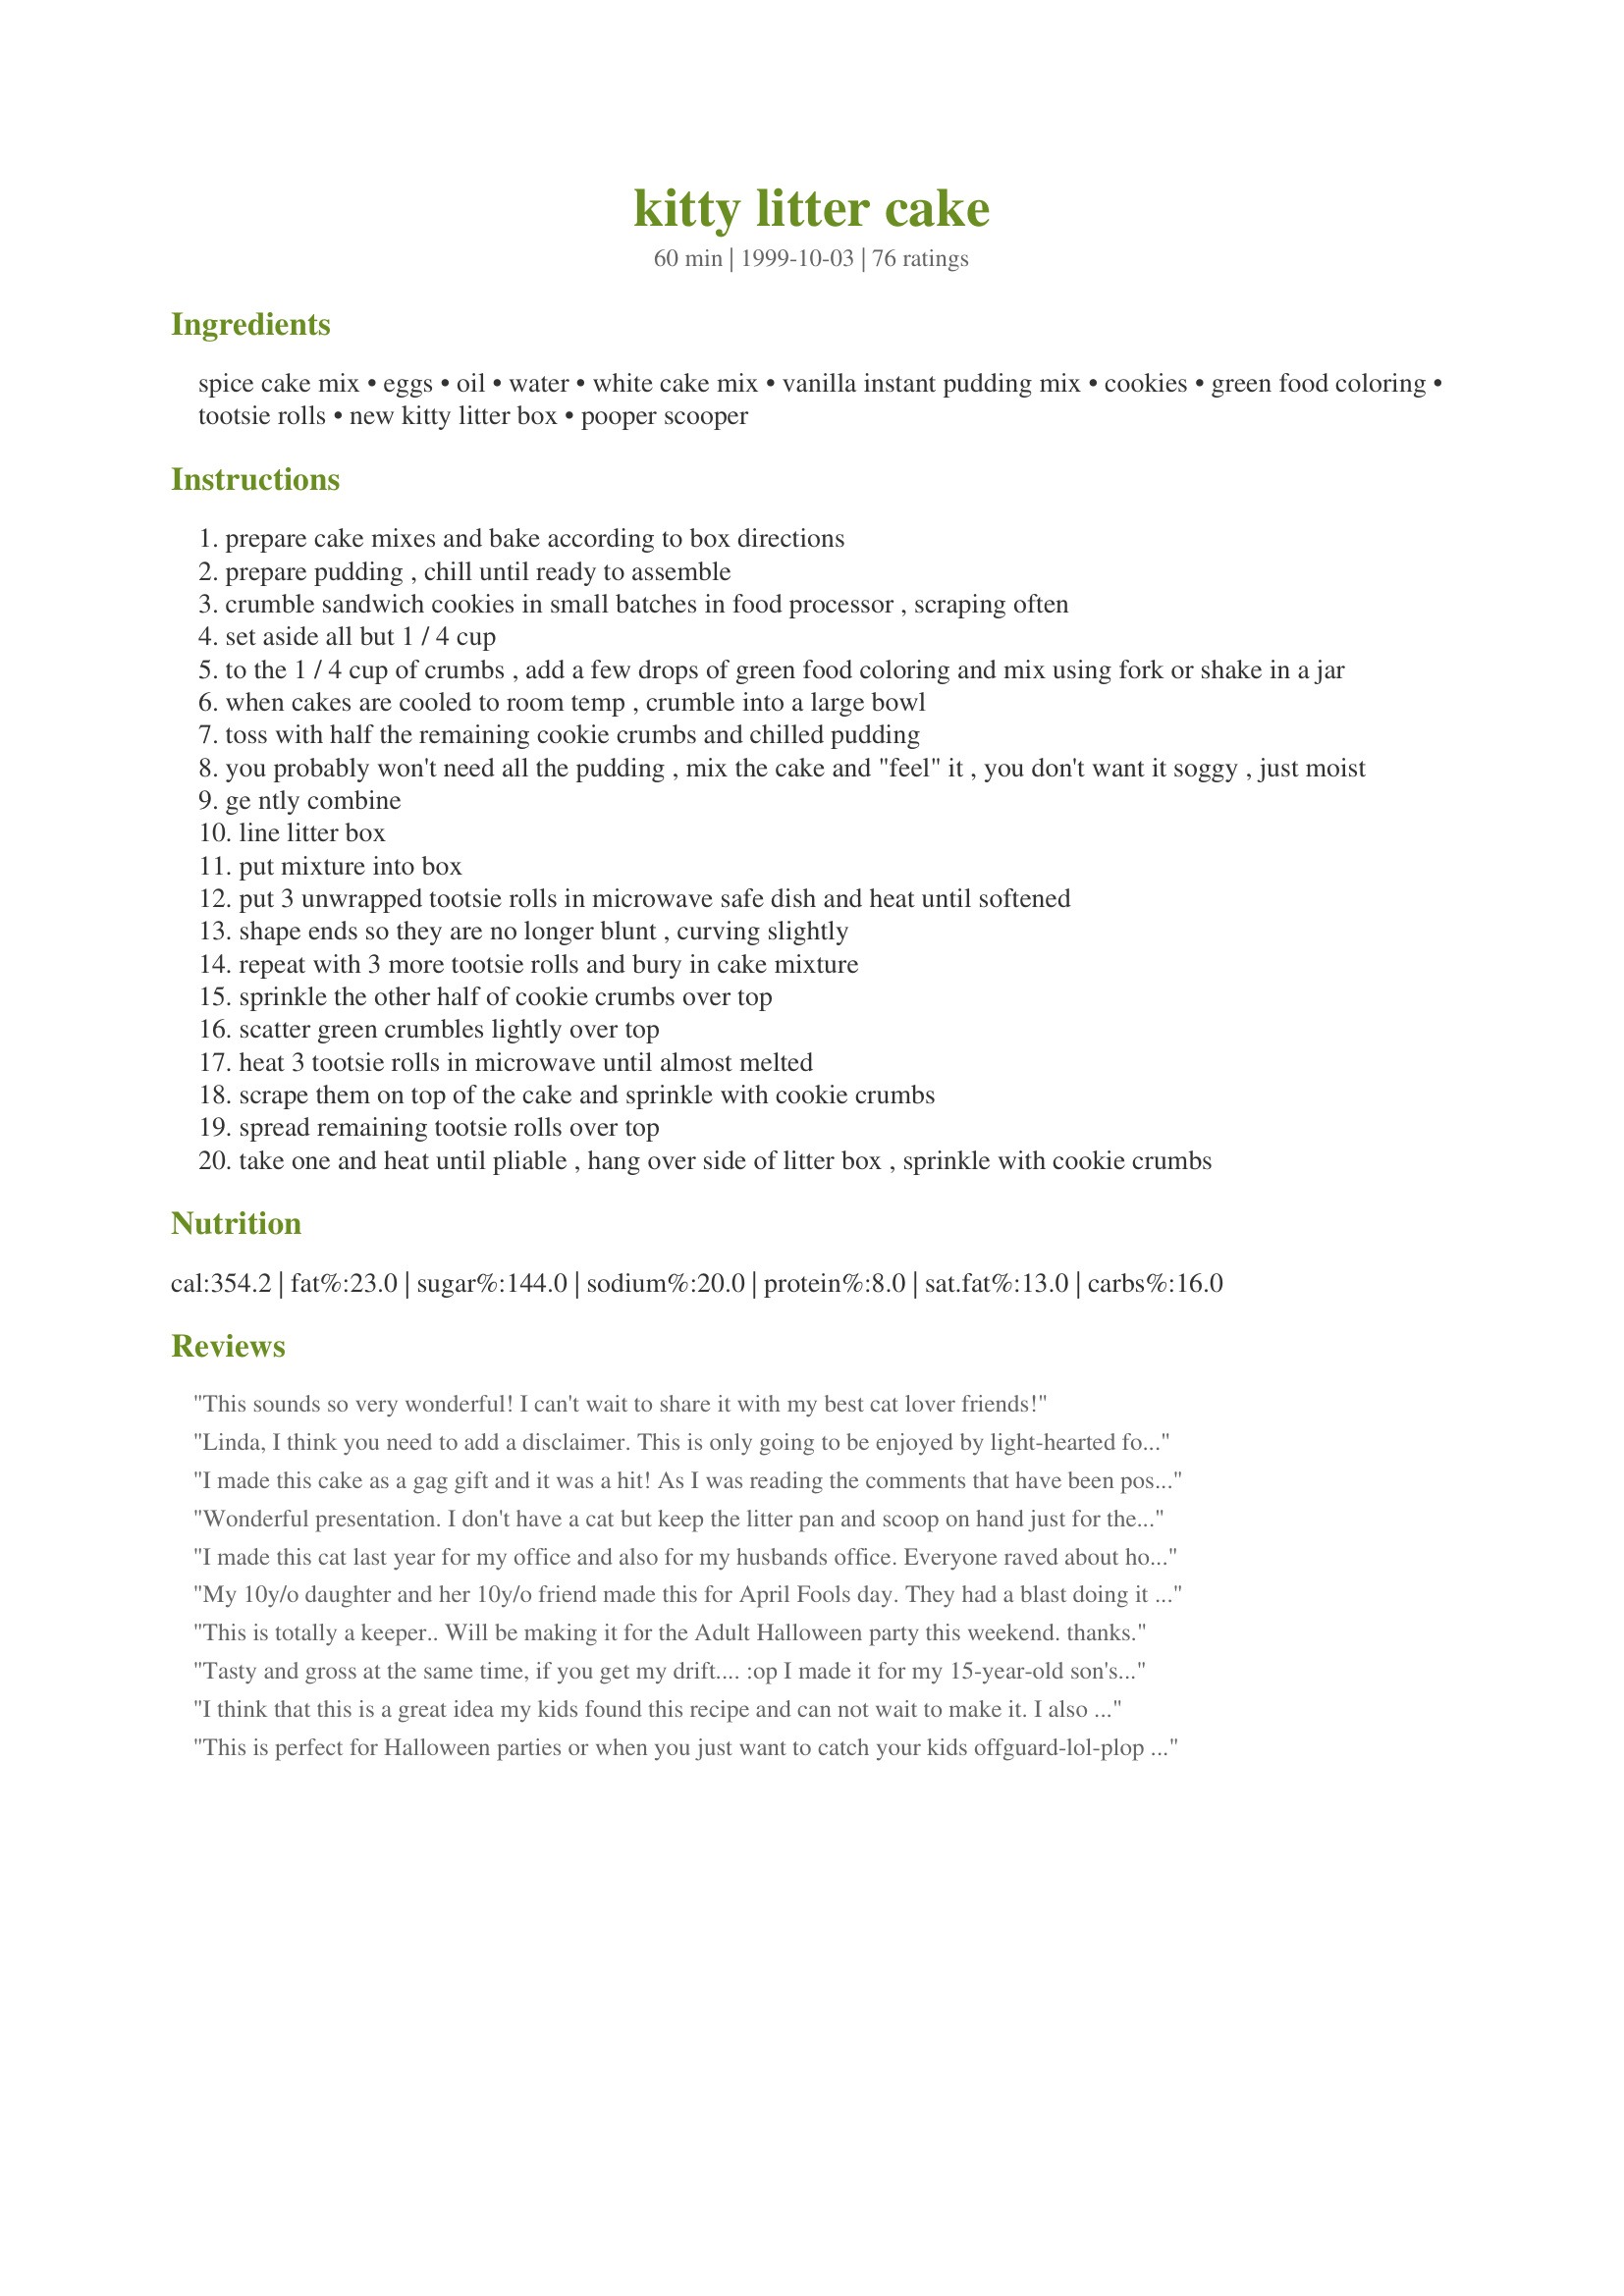
kitty litter cake
Preparation time: 60 minutes

Ingredients:
spice cake mix, eggs, oil, water, white cake mix, vanilla instant pudding mix, cookies, green food coloring, tootsie rolls, new kitty litter box, pooper scooper

Steps:
prepare cake mixes and bake according to box directions
prepare pudding , chill until ready to assemble
crumble sandwich cookies in small batches in food processor , scraping often
set aside all but 1 / 4 cup
to the 1 / 4 cup of crumbs , add a few drops of green food coloring and mix using fork or shake in a jar
when cakes are cooled to room temp , crumble into a large bowl
toss with half the remaining cookie crumbs and chilled pudding
you probably won't need all the pudding , mix the cake and "feel" it , you don't want it soggy , just moist
ge ntly combine
line litter box
put mixture into box
put 3 unwrapped tootsie rolls in microwave safe dish and heat until softened
shape ends so they are no longer blunt , curving slightly
repeat with 3 more tootsie rolls and bury in cake mixture
sprinkle the other half of cookie crumbs over top
scatter green crumbles lightly over top
heat 3 tootsie rolls in microwave until almost melted
scrape them on top of the cake and sprinkle with cookie crumbs
spread remaining tootsie rolls over top
take one and heat until pliable , hang over side of litter box , sprinkle with cookie crumbs

Reviews:
This sounds so very wonderful! I can't wait to share it with my best cat lover friends!
Linda, I think you need to add a disclaimer. This is only going to be enjoyed by light-hearted folks with a sense of humor.
I made this cake as a gag gift and it was a hit!
As I was reading the comments that have been posted no one said if it tasted good or not. It may make you a little squimish, but it tasted great....
Wonderful presentation. I don't have a cat but keep the litter pan and scoop on hand just for the "gross" factor. Tastes good too!
I made this cat last year for my office and also for my husbands office. Everyone raved about how tasty and also how humorous it was. Its very easy to make and fun to shape and place the doodies! I heartly recommend it for your Halloween parties!
My 10y/o daughter and her 10y/o friend made this for April Fools day. They had a blast doing it and the instructions were so simple even they could do it all by them selves! They made it exactly as the recipe called for, we loved it! The laughter, joy and tricking dad was worth a million! We used regualr chocolate cake and it was dark but wonderful taste.
The girls renamed it to Pooper Scooper Delight. Our 14y/o son who has autism was struggling with it at first but when he saw the girls and daddy eat it well then he got the joke! We laughed and laughed. Thanks for all the fun and delisious recipe!
This is totally a keeper.. Will be making it for the Adult Halloween party this weekend. thanks.
Tasty and gross at the same time, if you get my drift.... :op

I made it for my 15-year-old son's birthday party and he and his friends loved it! I sent a picture to my friends (the same one I posted here) and got several requests for the recipe! A funny and surprisingly yummy cake.
I think that this is a great idea my kids found this recipe and can not wait to make it. I also DO NOT
think that it is a waste of time or money to make something that makes people laugh. Now posting negative comments to a recipe that you have no desire to make that seems like a waste of time.
This is perfect for Halloween parties or when you just want to catch your kids offguard-lol-plop down the litterbox on the table and watch the youngins freak out (lol)
It probably tastes really good, but what a STRANGE recipe!! LOL!!
I made this cake years ago when I was a volunter for our local animal shelter. We had a feline spay/neuter day where we "fixed" 100 cats at a reduced charge. All of the volunters brought in food for the day long event. I brought this cake and people were very reluctant to try it because it looked like the real deal. I guess the sight of the cake along with the smells created by 100 cats awaiting for their surgery was too realistic. Some people tried it (includin myself) and it was tasty. I took the leftiovers to the nieghbor kids who gobbled it down all the while saying "this is so gross!"
Another time, I took it to a class full of 2nd graders and told them that my cats made something extra special just for them. I showed them the cake and the loved it and were grossed out all at the same time! LOL! They said it tasted good too.
This cake is great! Not only is it fun to make and great tasting, but it's a total suprise to everyone and a great conversation starter. Everyone must try this.
Awesome cake! Made this for a family Halloween party, and everyone loved it! It looked so, so gross, but it was definitely a hit. I couldn't find Tootsie Rolls at the store (I was behind the curve this year in getting Halloween candy...). So, I used the Chocolate Melts that I use to coat pretzels, etc. and melted them in an icing bag. Then I piped them onto the cake in "poop" patterns (ewww) and it looked GREAT! Thanks for a keeper!
I made this for our office of approximately 32 people and by lunch it was well over half gone! Got rave reviews from ok what's "really" in this?, to if that a new litter box? Everyone loved it and talked about it all day! Definately brought some fun to the workplace! I added a pic of my cat that had a caption: Enjoy my presents ~ I made them especially for you! This was very very easy to make, but I did leave off spreading the melted tootie roll on top...looked much more realistic.
i made this tonight to bring to work for our catered halloween party tomorrow, we were asked to bring a dessert. knowing how many cat people work with me i know this will get a good laugh-my girls were all lol. as a 2cat/litterboxer myself, i can vouch for it's realism. and it tastes great:) 
thanks for the fun and the laughs- and this recipe
I made this for my sons 5th birthday dinner. It didnt go over too well. I thought it was cute but didnt taste just right. Good idea but it went to waste.
Thank you for a fun recipe. I made this for a pot luck holloween party and it turn out great. It tasted good and although not everyone was willing to try because it looked pretty real, they all committed on it. I had a lot of fun making this cake. I accidently put all but the 1/4 cup of cookie crumbs in the mixture so I chopped up some graham crackers to sprinkler over the top. Also after I softened the tootsie rolls, which took just 10 sec. in the microwave, I rubbed them between my hands to shape them.(like you do with playdough to make a snake shape)
This is a great, fun recipe. We made a double batch of Recipe #25688 and used 3/4 for doggy do lookalikes. Man they were soooo real looking my son wouldn't eat a shaped one, instead tried the mix out of the bowl, which was delicious! So my photos are only of the effect of the tootsie rolls. Brilliant, brilliant, brilliant.
THAT CAKE IS SO AWESOME!!! What a great creation! My cat couldn't create a better litter box herself!
I have made this cake several times. Everyone has different reactions, but once they try it, they love it too. Great to bring to work and kid's birthday parties. I keep a kittly litter box and scooper in the back of my cabinets just in case...
I have two words for you: seek help.
I just finished cleaning out our cats litter pan and have NO IDEA why anybody would want to RECREATE the look of it in a CAKE!!! this is definitely in the To-each-their-own category!!
My wife made this for a halloween party and it was generally regarded as too realistic to be eaten. So, I took it to work. An office full of IT people with many an unhealthy obsession wouldn't bat an eye at this cake, I thought.

Wrong. Too realistic for them, too.

This cake is wonderful!
The picture makes me wanna throw-up.....
I am a cat lover and made this cake for a co-worker's birthday. It was a riot (or should I say it caused a riot)! There were a couple of people who wouldn't try it, but those who did said it was great.
UNReal! I don't know if I can actually taste it or not, but I definetly plan on trying it for this years halloween party. Where do people come up with this stuff? *LoL*
We were going to make this, but another party goer didn't know what to make, so we suggested this one for them and we made something else. This cake was the hit of the party, and although initially grossed out (naturally), my dh dove in, and convinced everyone to try it by explaining what was in it, and they all had a blast. The guy who made it (Mike) did a great job. Flavor wise it was terrific, tasting like a chocolate bread pudding of sort. Thanks for a great recipe, and the hit at the buffet table!
I made this for a cake walk at my Daughthers preschool. It was the first cake picked. I don't think something that makes people laugh is a waste of time
I've had this recipe in my box (lol) for about 5 yrs but have never gotten up the courage to try it...just might have to now! :oP
Just when you think you have seen it all!!! This is certainly one creative looking cake.
I made this cake for my daughter's birthday and took it to her work at a pet boarding kennel. They had a great laugh over it and enjoyed the taste. I took whipped topping to serve with it. They even shared with the veterinary hospital next door. What fun! 
It took about 2 1/2 hours to make. I also made one for at home on her birthday with Grandma and Aunt/cousins in attendance. Their expression when they first saw it was priceless.
I made two of these for my daughter's school fair. They were the first one's picked at the cake walk! The kids absolutely loved them!! I am planning on making two more for this year's fair.
This was a really great recipe I took it to my sisters party and quite a few had a good laugh over it. I didn't see what size litter pan to buy so I bought the biggest one, although I think the small one would have been fine as there was a lot of room in the pan. The cake was very moist but it did crumble apart a tad, I must not of added enough pudding when I mixed it up!! I am looking forward to making it again when some "cat lover" friends of our come over..
very very tasty, even if it isnt really a looker..LOL
haha I made this for my father of "father's day" because he always ends up cleaning the cat litter and he gets sooooooooo mad. He laughed so hard when he saw this! He actually liked the taste of it, too! I might add, instead of the German chcolate/spice mix I used Devil's food cake mix and it turned out great! Love love love this recipe! Thanks!
disgustingly hilarious!..If I wasn't in my first trimester of pregnancy, and could stomach the hands on visual of making this crazy cake, I would.
Very simple to make. Used this recipe for a family picnic. It went over well! I had extra, so I made one with blue food coloring also.
The only thing I would suggest is an addition of the ounces size for the cookie package. I was only able to find a 2lb package of cookies. I made do though.
I'm sorry, I do like a good gag and unusual type cakes but this one is really, really gross! Why anyone would waste time and money on it...hey, I bet if you got ahold of those grossly (earwax, boogers, etc.)flavored jelly beans you could have a great gross out party!
I had lost this recipe and it goes so well with my shortbread "bloody fingers" and "eyeballs". Thank you.
How fun this would be to make!!! :-) But if litter boxes look that bad I'll never have a cat LOL, jk.;-p
Just finished the preparation of this cake and the visual is amazing. Cannot wait to "present" this "Crappy Birthday Cake" to a prankster 16 year old boy whose "duty" was to clean the kitty litter boxes at his other parent's house in trade for helping pay his cellphone bill last year. This would also be a great idea for bringing to your animal shelter or humane society as a way of saying thank you. Sure to get a smile after a contorted face.
Although, It does LOOK absolutely disgusting, I think my kids would definately get a laugh out of this one! I think it is a really funny and cute gag, I will make it for the next potluck I go to, just to see the looks on peoples faces! Halloween would be the best time to make this one. very origianl.
My sister-in-law runs a day care and makes this cake every year for Halloween. The kids beg for it! Granted, to the adults it may not sound very good, but the kids get a kick out of it.
I have made this a couple of times. If you can get people over that "first impression", it really does taste good! Easy to make and a lot of fun.
I had a coworker bring this in to work one day and I thought I was going to vomit. I hate this recipe and this presentation, sorry, but I think there are classier things you can make with similar ingedients. Also not all your guests will think it's charming to see what looks like a cat's toilet on the table. Truly disgusting.
I didnt want to go to the store and buy a new cat pan so i just used my cats old litter pan... i cleaned it of corse but the neighbors thought it was fantastic!
I have a similar recipe with a few different ingredients, but the end results are the same! I think this is the coolest thing in a demented way!!!
I think it rocks. I have made this before, and posted a picture at: http://www.recipezaar.com/search/getrecipe.zsp?id=3091&path=

CAUTION: For people with a sense of humour ONLY! :)
i have tried this and it is a fun and tasty cake!!! the kids love it and circuit7Adams just because you have no sence of humor does not mean you rate someone a one. If you want to belong to zarr you should taste the recipe first before you judge
This is a new one for me. I don't think I'll ever have an occasion to make a kitty litter cake, but it's a really cute (but sick) idea. On second thought, maybe I will make it for revenge on some of my older relatives.
Very cool. Very gross and a lot of fun for our first kids (7 years old) Halloween party. What a hit!
I fixed this for a fear factor halloween party we had for the teens group at church. It was a hit. There was a little bit left and I gave instructions I did not want the "pan" back (I do not have cats) and the kids fussed over who got to take it home. I substituted white chocolate pudding for the vanilla was the only change i made
I made this last night to take to a friend's Halloween party and I was pleasantly surprised. It was very easy to make, made everyone laugh, and actually tasted pretty good. I had a smallish litter pan so I used only half of each of the cake mixes, and about 3/4 of the pudding. I couldn't find enough white sandwich cookies so I threw in some Oreos, and in place of tootsie rolls, which I couldn't find, I made some chocolate cookie dough and molded those to looks like the cat poop. Wish I would have made this for my son's class party -- maybe next year!!
We used this recipe for a &quot;Creepy Cake Cook Off&quot; at work (http://blog.firstaidmart.com/kitty-litter-cake/) and won both the &quot;Worst Look&quot; (That&#039;s good!) and &quot;Best flavor&quot;~
i'm a bit squimish, so I can't look at the picture of this cake, needless to say I don't think this is recipe I would like to try
I'm not going to rate this because I did not make it. I think that this cake would taste just fine, but it would still not be edible to me simply for the fact that just the thought of eating kitty litter (specially dirty kitty litter) makes me sick. It was a good idea for those who do not have as weak as stomachs as some.
I made this four years ago for my son to take to school on his 11th birthday all the kids thought it was the coolest grossest cake ever posted another picture
thanks
I SO love this cake. It is just gross and funny and no matter how nasty it looks--- It tastes wonderful. I am planning on making this again for my 4th grade daughter's class for Halloween. They will be so freaked out and think it is funny and delicious. I have made this for church functions and it always disappears because it is a tasty cake.
This was tons of fun. Toilet humour never gets tired when your dealing with children! It was great.
I am soooo excited to make this...it is a tradition at my office to bring a "treat" on your birthday...my birthday falls on April Fools Day...know it's a ways off, but I'm tucking this puppy aside for safe keeping - can't wait! Thanks for a fun recipe- great post!!!!
I've made this before. It grossed some people out but tasted fantastic. I brought one to work and left it in the lunch room. Nobody wanted to try it. Lol . I took put some on a plate and ate it. Co workers thought I was insane.
Great cake! I liked it because it's not too sweet, no icing - just pudding. I loved it! Also - you can deny it's points based on looks alone - scary looking but really really good!
I've made this for many years every Halloween party we go to. It's ALWAYS a hit. I use the liner because it just adds to the "realness" of it all... :-) Great Halloween idea!
Great conversation item. Only recommendation that I have is when crumbling the cakes, do not crumble them into tiny pieces. I did this and it made it difficult to eat. Pieces the size of dimes would work better. EVERYONE loved this 'weird' cake for Halloween. I did not use the litter bag and had an easy time dishing this cake out of the pan. Thank you for sharing.
How to make the perfect tootsieturd. Heat tootsie for 10 seconds in microwave. Twist and pull small sections apart. Stack back together in uneven pile. Roll back together into desired shape. Note uneven lines and crevices in new roll.
This was so good, both in taste and in reaction. Our neighbours are going to be looking after our cat while we are away next week, and asked that we bring 'Libby' over for a visit. DH carried her over while I brought the 'litter box'. Well what a hoot. We had a blast, and they thought it was fantastic. There was some left over, so our neighbour took the rest to work the next day. She works at a veterinarian hospital. :) Went over very well. Thanks Linda for a delightful recipe. It tastes terrific too!
This cake was very cool. Tasted good, but the "gross factor" was the biggest hit. Instead of Tootsie Rolls I used Little Debbie brownies rolled into poop. I used 2 boxes of cake, one spice and one german choco. cake.
I have to agree.I have no desire to spend that much time on something so disgusting,no matter what it tasted like!
I made this a while ago for our church auction and forgot to review it. It was a big hit and the person that bought it was giving samples that night and everyone said it tasted good. I used a chocolate cake mix and a white cake mix. I only used 1/2 of the chocolate. Our associate pastor just called and asked me to make one for him for a party he's having. It's a fun cake!
I wouldn't use a kitty litter pan or litter scoop unless I knew the plastic they were made from was safe to use around food. For sure check the plastic number molded into them and make sure they are BPH free. They aren't intended to be used around food so I'm guessing no special precaustuions are taken during their manufacturer.
that sounds so adorable!!! My grandma is a cat lover and always tries to do fun cakes for our birthdays... i can't wait to suprise her with this!
I made this cake for our Halloween party last year, hate to say but I think I was the only one to eat any of it. It was good but ours looked so gross no one wanted to even touch it lol I'll put up a pic
Kitty Litter Cake by ljohan 
(#3091) Has a photo with their recipe. So if you want to take a look....
I have been making this for several years for the Cub Scouts Halloween party. Everyone loves this cake. Of course some believe it is REAL kitty litter, LOL. It is amazing how once they try it, they always come back for seconds! It really is good. And it is fun too. Glad you posted it here.
I'm with the squeamish one.
